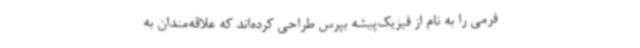
فرمی را به نام از فیزیک‌پیشه بپرس طراحی کرده‌اند که علاقه‌مندان به